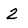
Character: 2